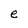
Character: e